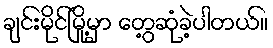
ချင်းမိုင်မြို့မှာ တွေ့ဆုံခဲ့ပါတယ်။